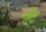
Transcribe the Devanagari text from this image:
गॉंट